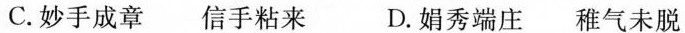
C.妙手成章 信手粘来 D.娟秀端庄 稚气未脱